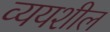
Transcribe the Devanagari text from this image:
व्ययशील